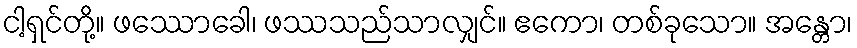
ငါ့ရှင်တို့။ ဖဿောခေါ၊ ဖဿသည်သာလျှင်။ ဧကော၊ တစ်ခုသော။ အန္တော၊